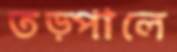
তড়্‌পালে